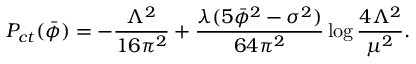
P _ { c t } ( \bar { \phi } ) = - { \frac { \Lambda ^ { 2 } } { 1 6 \pi ^ { 2 } } } + { \frac { \lambda ( 5 \bar { \phi } ^ { 2 } - \sigma ^ { 2 } ) } { 6 4 \pi ^ { 2 } } } \log { \frac { 4 \Lambda ^ { 2 } } { \mu ^ { 2 } } } .